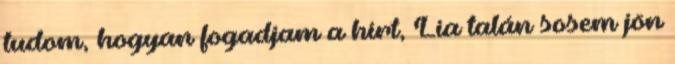
tudom, hogyan fogadjam a hírt, Lia talán sosem jön